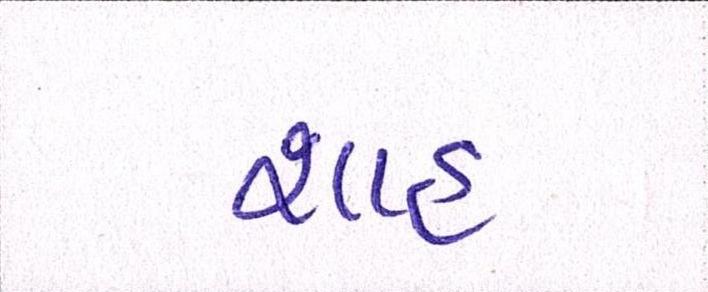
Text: શાહઃ